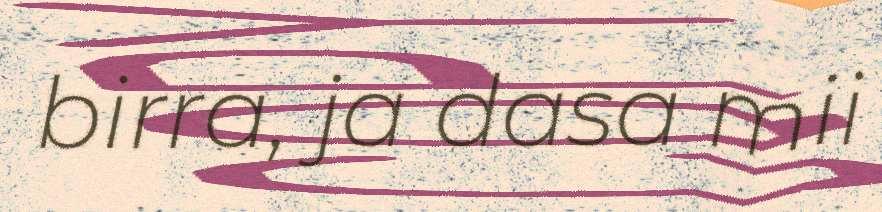
birra, ja dasa mii